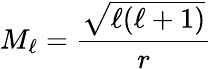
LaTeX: M_{\ell}=\frac{\sqrt{\ell(\ell+1)}}{r}